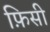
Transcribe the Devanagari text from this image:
फ़िसी